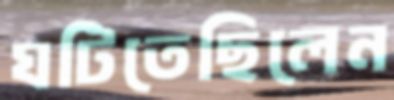
ঘটিতেছিলেন